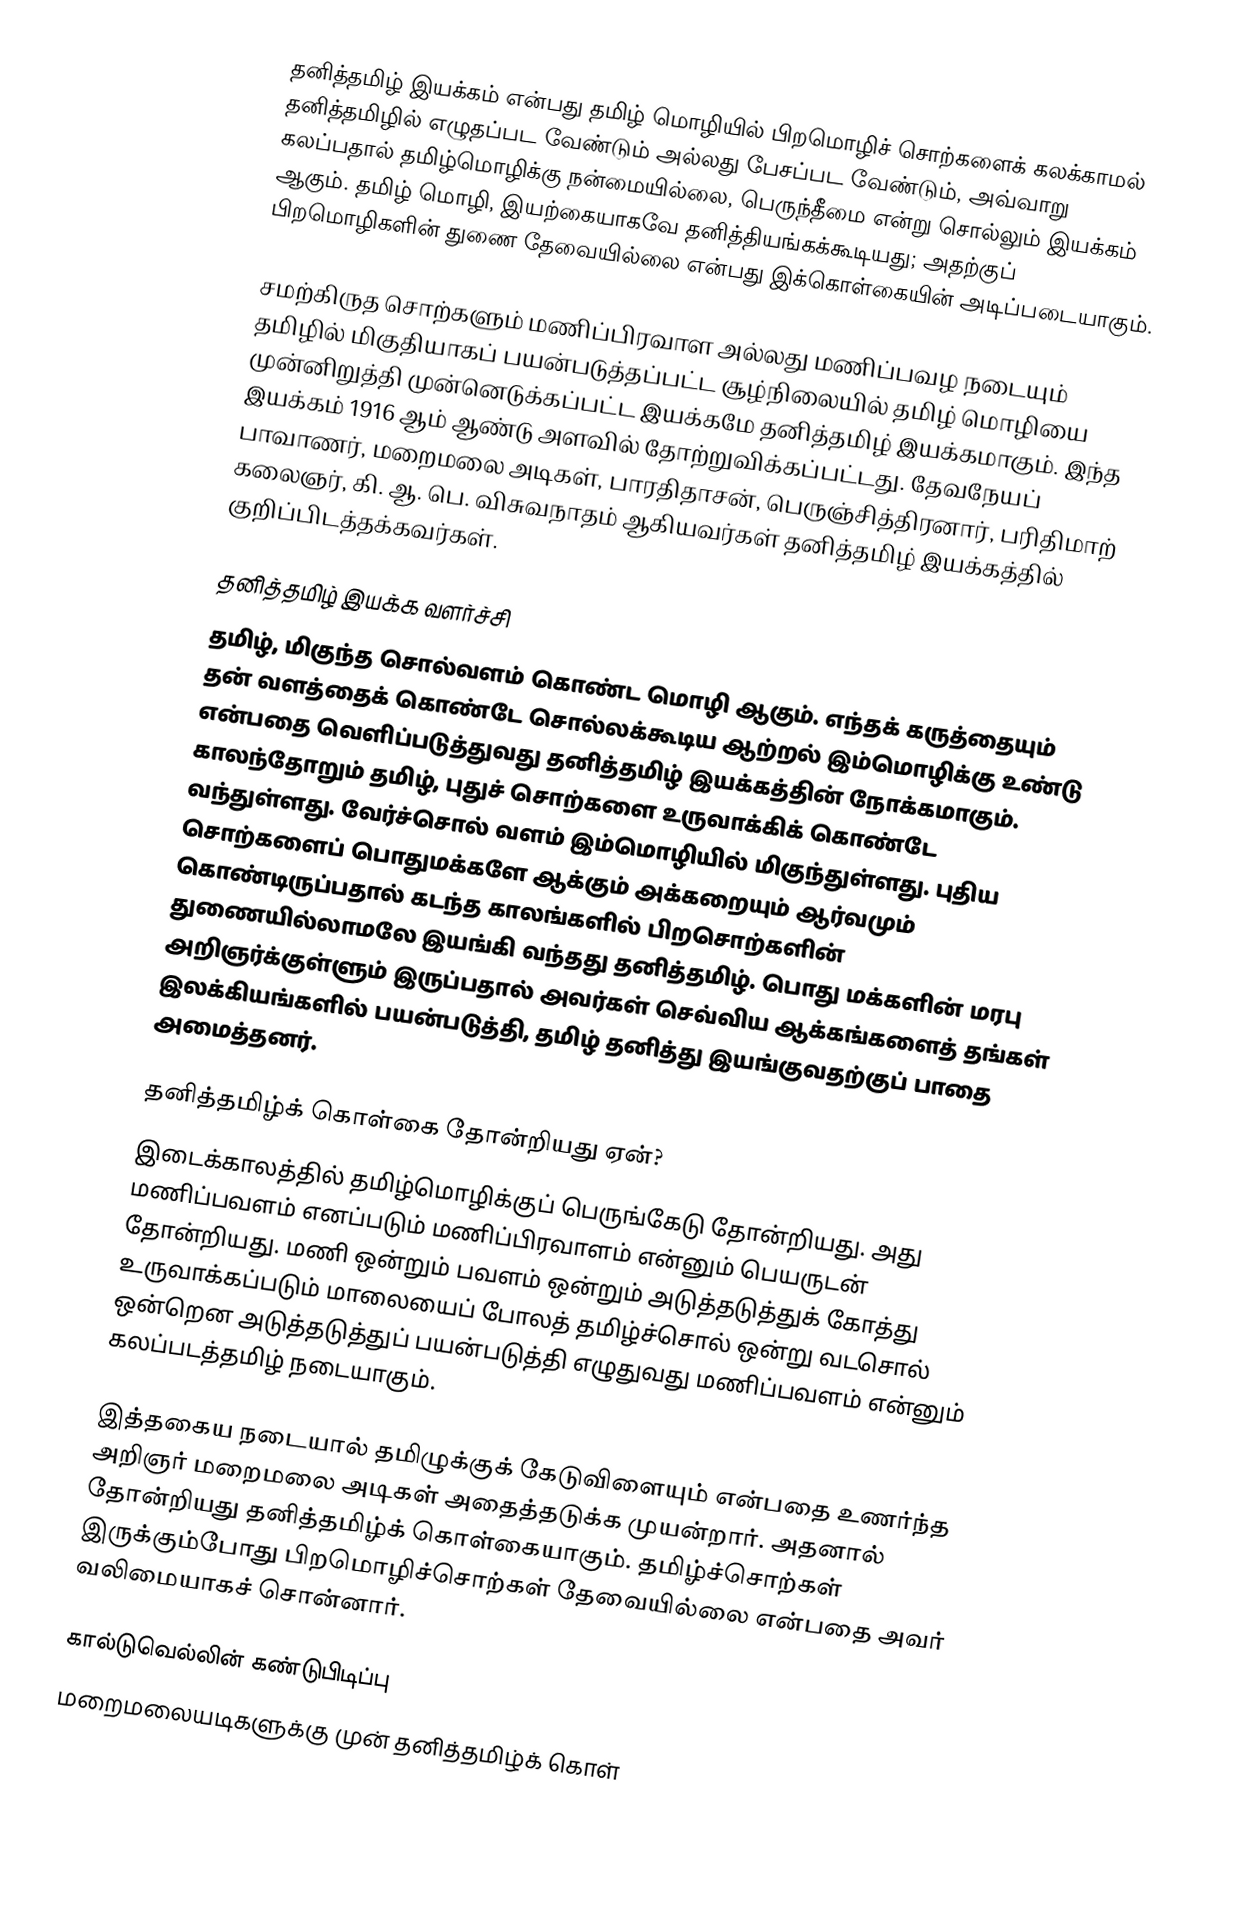
தனித்தமிழ் இயக்கம் என்பது தமிழ் மொழியில் பிறமொழிச் சொற்களைக் கலக்காமல் தனித்தமிழில் எழுதப்பட வேண்டும் அல்லது பேசப்பட வேண்டும், அவ்வாறு கலப்பதால் தமிழ்மொழிக்கு நன்மையில்லை, பெருந்தீமை என்று சொல்லும் இயக்கம் ஆகும். தமிழ் மொழி, இயற்கையாகவே தனித்தியங்கக்கூடியது; அதற்குப் பிறமொழிகளின் துணை தேவையில்லை என்பது இக்கொள்கையின் அடிப்படையாகும்.

சமற்கிருத சொற்களும் மணிப்பிரவாள அல்லது மணிப்பவழ நடையும் தமிழில் மிகுதியாகப் பயன்படுத்தப்பட்ட சூழ்நிலையில் தமிழ் மொழியை முன்னிறுத்தி முன்னெடுக்கப்பட்ட இயக்கமே தனித்தமிழ் இயக்கமாகும். இந்த இயக்கம் 1916 ஆம் ஆண்டு அளவில் தோற்றுவிக்கப்பட்டது.  தேவநேயப் பாவாணர், மறைமலை அடிகள், பாரதிதாசன், பெருஞ்சித்திரனார், பரிதிமாற் கலைஞர்,  கி. ஆ. பெ. விசுவநாதம் ஆகியவர்கள் தனித்தமிழ் இயக்கத்தில் குறிப்பிடத்தக்கவர்கள்.

தனித்தமிழ் இயக்க வளர்ச்சி
தமிழ், மிகுந்த சொல்வளம் கொண்ட மொழி ஆகும். எந்தக் கருத்தையும் தன் வளத்தைக் கொண்டே சொல்லக்கூடிய ஆற்றல் இம்மொழிக்கு உண்டு என்பதை வெளிப்படுத்துவது தனித்தமிழ் இயக்கத்தின் நோக்கமாகும். காலந்தோறும் தமிழ், புதுச் சொற்களை உருவாக்கிக் கொண்டே வந்துள்ளது. வேர்ச்சொல் வளம் இம்மொழியில் மிகுந்துள்ளது. புதிய சொற்களைப் பொதுமக்களே ஆக்கும் அக்கறையும் ஆர்வமும் கொண்டிருப்பதால் கடந்த காலங்களில் பிறசொற்களின் துணையில்லாமலே இயங்கி வந்தது தனித்தமிழ். பொது மக்களின் மரபு அறிஞர்க்குள்ளும் இருப்பதால் அவர்கள் செவ்விய ஆக்கங்களைத் தங்கள் இலக்கியங்களில் பயன்படுத்தி, தமிழ் தனித்து இயங்குவதற்குப் பாதை அமைத்தனர்.

தனித்தமிழ்க் கொள்கை தோன்றியது ஏன்?
இடைக்காலத்தில் தமிழ்மொழிக்குப் பெருங்கேடு தோன்றியது. அது மணிப்பவளம் எனப்படும் மணிப்பிரவாளம் என்னும் பெயருடன் தோன்றியது. மணி ஒன்றும் பவளம் ஒன்றும் அடுத்தடுத்துக் கோத்து உருவாக்கப்படும் மாலையைப் போலத் தமிழ்ச்சொல் ஒன்று வடசொல் ஒன்றென அடுத்தடுத்துப் பயன்படுத்தி எழுதுவது மணிப்பவளம் என்னும் கலப்படத்தமிழ் நடையாகும்.

இத்தகைய நடையால் தமிழுக்குக் கேடுவிளையும் என்பதை உணர்ந்த அறிஞர் மறைமலை அடிகள் அதைத்தடுக்க முயன்றார். அதனால் தோன்றியது தனித்தமிழ்க் கொள்கையாகும். தமிழ்ச்சொற்கள் இருக்கும்போது பிறமொழிச்சொற்கள் தேவையில்லை என்பதை அவர் வலிமையாகச் சொன்னார்.

கால்டுவெல்லின் கண்டுபிடிப்பு
மறைமலையடிகளுக்கு முன் தனித்தமிழ்க் கொள்